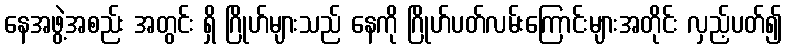
နေအဖွဲ့အစည်း အတွင်း ရှိ ဂြိုဟ်များသည် နေကို ဂြိုဟ်ပတ်လမ်းကြောင်းများအတိုင်း လှည့်ပတ်၍